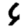
Digit: 6